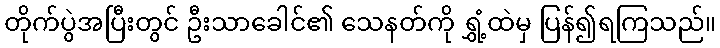
တိုက်ပွဲအပြီးတွင် ဦးသာခေါင်၏ သေနတ်ကို ရွှံ့ထဲမှ ပြန်၍ရကြသည်။